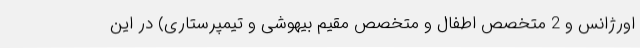
اورژانس و 2 متخصص اطفال و متخصص مقیم بیهوشی و تیمپرستاری) در این